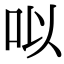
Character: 㕽